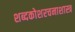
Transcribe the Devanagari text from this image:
शब्दकोशरचनाशास्त्र